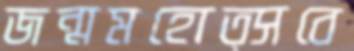
জন্মমহোত্সবে